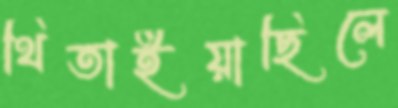
থিতাইয়াছিলে